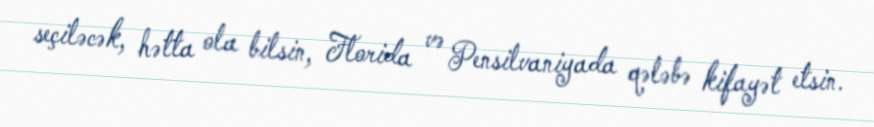
seçiləcək, hətta ola bilsin, Florida və Pensilvaniyada qələbə kifayət etsin.